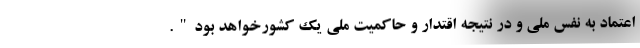
اعتماد به نفس ملی و در نتیجه اقتدار و حاکمیت ملی یک کشورخواهد بود".